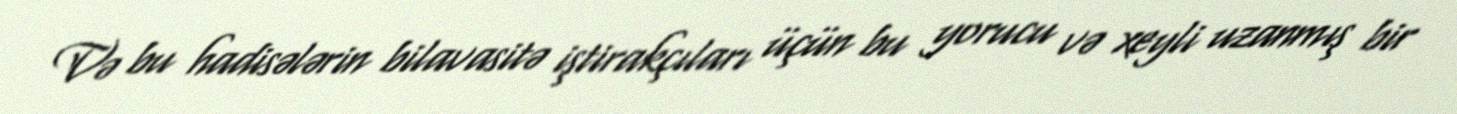
Və bu hadisələrin bilavasitə iştirakçıları üçün bu yorucu və xeyli uzanmış bir